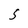
Character: S